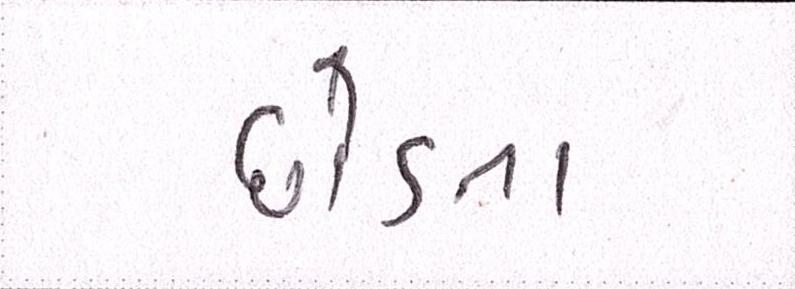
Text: છોડતા